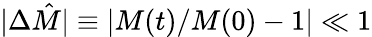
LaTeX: \vert\Delta\hat{M}\vert\equiv\vert M(t)/M(0)-1\vert\ll 1